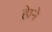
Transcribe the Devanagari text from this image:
हेाने